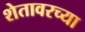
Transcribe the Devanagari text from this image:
शेतावरच्या